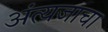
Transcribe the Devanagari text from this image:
अंत्यजाचा